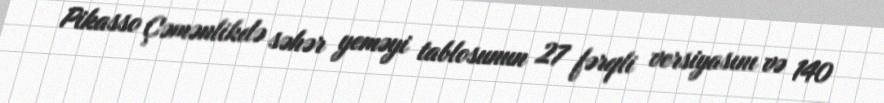
Pikasso Çəmənlikdə səhər yeməyi tablosunun 27 fərqli versiyasını və 140